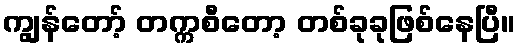
ကျွန်တော့် တက္ကစီတော့ တစ်ခုခုဖြစ်နေပြီ။